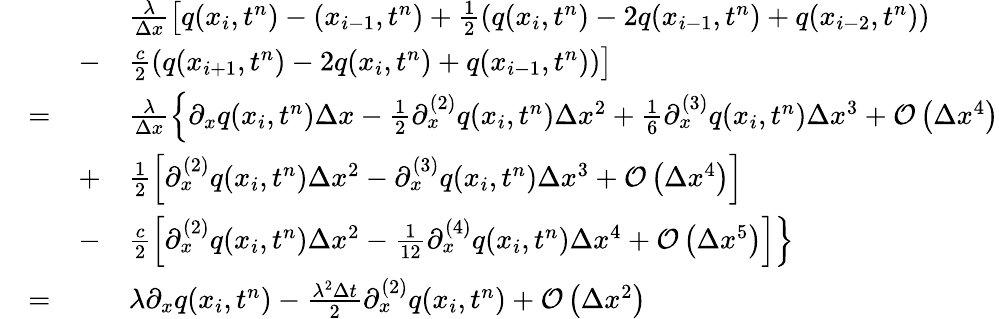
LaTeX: \begin{array}{rlrl}&{}&&{\frac{\lambda}{\Delta x}\left[q(x_{{i}},t^{n})-(x_{{i}-1},t^{n})+\frac{1}{2}\left(q(x_{{i}},t^{n})-2q(x_{{i}-1},t^{n})+q(x_{{i}-2},t^{n})\right)\right.}\\ &{}&{-}&{\left.\frac{c}{2}\left(q(x_{{i}+1},t^{n})-2q(x_{{i}},t^{n})+q(x_{{i}-1},t^{n})\right)\right]}\\ &{=}&&{\frac{\lambda}{\Delta x}\left\lbrace\partial_{x}q(x_{{i}},t^{n})\Delta x-\frac{1}{2}\partial_{x}^{(2)}q(x_{{i}},t^{n})\Delta x^{2}+\frac{1}{6}\partial_{x}^{(3)}q(x_{{i}},t^{n})\Delta x^{3}+\mathcal{O}\left(\Delta x^{4}\right)\right.}\\ &{}&{+}&{\left.\frac{1}{2}\left[\partial_{x}^{(2)}q(x_{{i}},t^{n})\Delta x^{2}-\partial_{x}^{(3)}q(x_{{i}},t^{n})\Delta x^{3}+\mathcal{O}\left(\Delta x^{4}\right)\right]\right.}\\ &{}&{-}&{\left.\frac{c}{2}\left[\partial_{x}^{(2)}q(x_{{i}},t^{n})\Delta x^{2}-\frac{1}{12}\partial_{x}^{(4)}q(x_{{i}},t^{n})\Delta x^{4}+\mathcal{O}\left(\Delta x^{5}\right)\right]\right\rbrace}\\ &{=}&&{\lambda\partial_{x}q(x_{{i}},t^{n})-\frac{\lambda^{2}\Delta t}{2}\partial_{x}^{(2)}q(x_{{i}},t^{n})+\mathcal{O}\left(\Delta x^{2}\right)}\end{array}